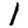
Digit: 1